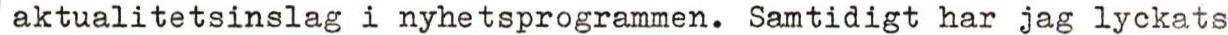
aktualitetsinslag i nyhetsprogrammen. Samtidigt har jag lyckats